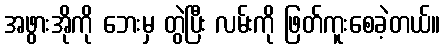
အဖွားအိုကို ဘေးမှ တွဲပြီး လမ်းကို ဖြတ်ကူးစေခဲ့တယ်။